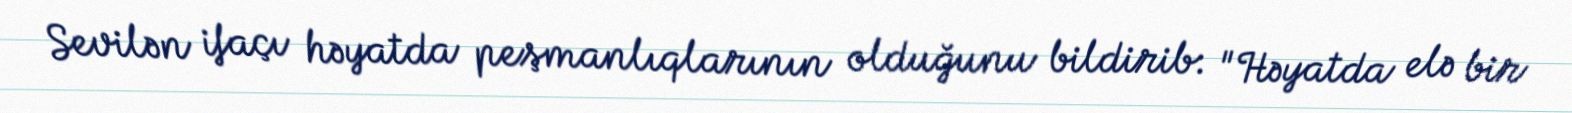
Sevilən ifaçı həyatda peşmanlıqlarının olduğunu bildirib: "Həyatda elə bir